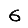
Digit: 6